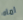
اماه